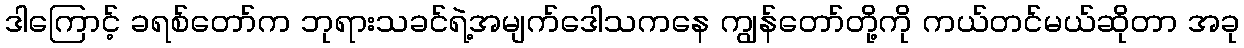
ဒါကြောင့် ခရစ်တော်က ဘုရားသခင်ရဲ့အမျက်ဒေါသကနေ ကျွန်တော်တို့ကို ကယ်တင်မယ်ဆိုတာ အခု